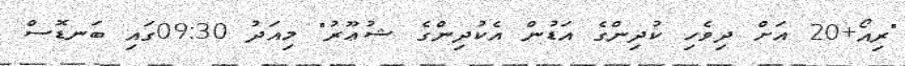
"ރިއޯ+20 އަށް ދިވެހި ކުދިންގެ އަޑުން އެކުދިންގެ ޝުޢޫރު" މިއަދު 09:30ގައި ބަނޑޮސް